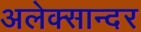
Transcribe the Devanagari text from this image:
अलेक्सान्दर